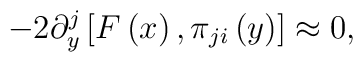
-2\partial _y^j\left[ F\left( x\right) ,\pi _{ji}\left( y\right)\right] \approx 0,